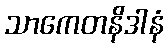
သာကေတနိဒါနံ